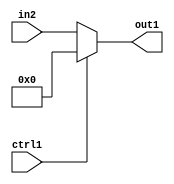
`timescale 1ps / 1ps
/*****************************************************************************
    Verilog RTL Description
    
    
    Created by: Stratus DpOpt 21.05.01 
*******************************************************************************/

module dut_N_Mux_14_2_58_4 (
	in2,
	ctrl1,
	out1
	); /* architecture "behavioural" */ 
input [13:0] in2;
input  ctrl1;
output [13:0] out1;
wire [13:0] asc001;

reg [13:0] asc001_tmp_0;
assign asc001 = asc001_tmp_0;
always @ (ctrl1 or in2) begin
	case (ctrl1)
		1'B1 : asc001_tmp_0 = 14'B00000000000000 ;
		default : asc001_tmp_0 = in2 ;
	endcase
end

assign out1 = asc001;
endmodule

/* CADENCE  uLP3Twg= : u9/ySxbfrwZIxEzHVQQV8Q== ** DO NOT EDIT THIS LINE ******/